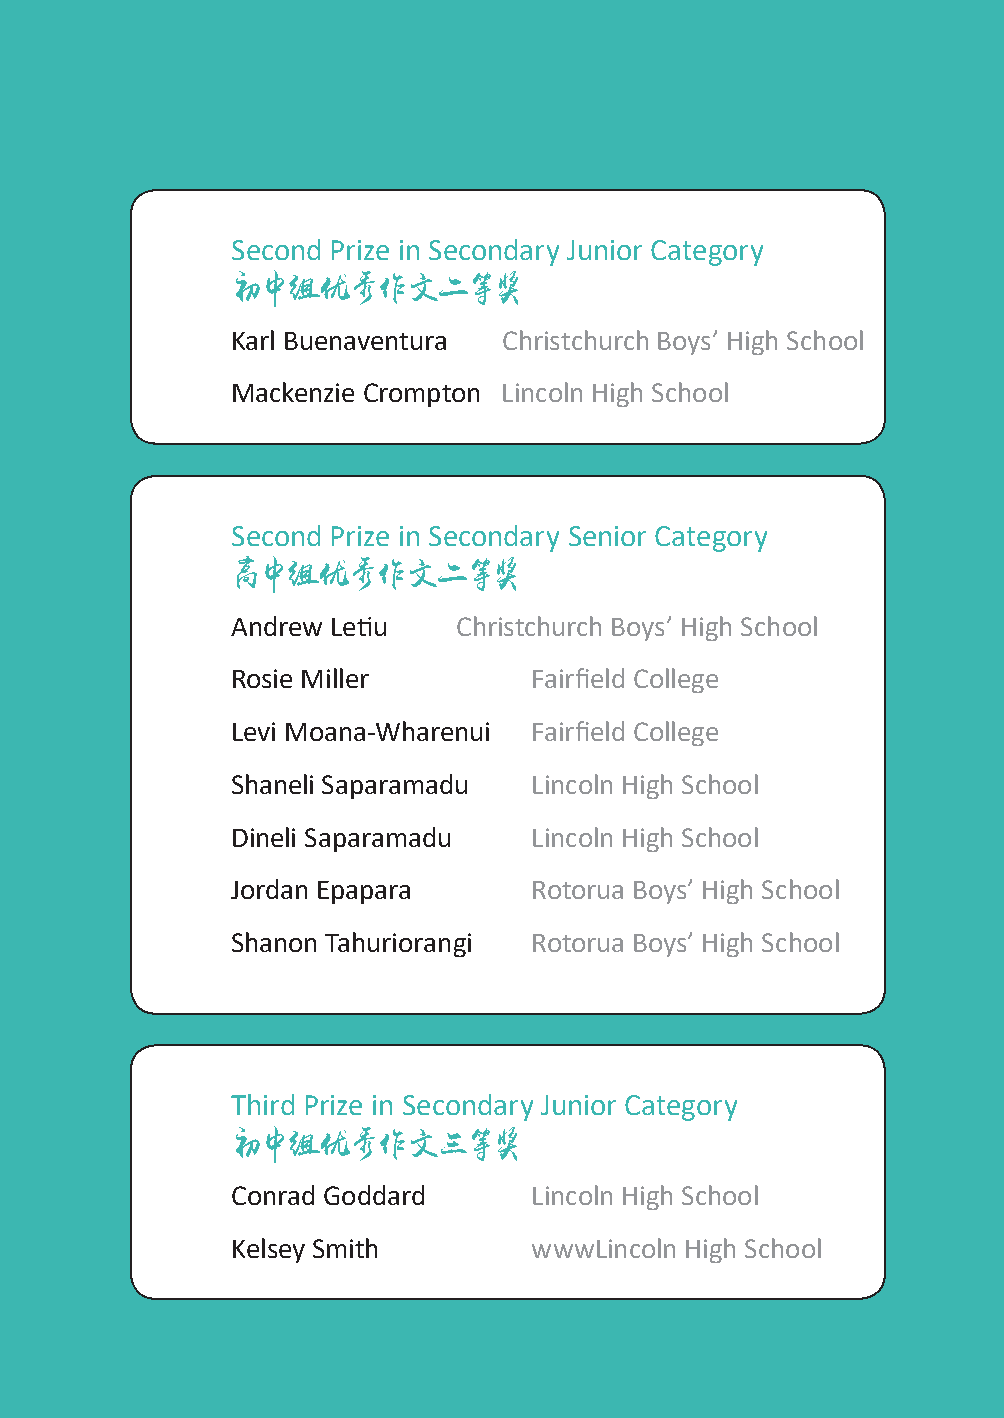
Second Prize in Secondary Junior Category
 初中组优秀作文二等奖
 Karl Buenaventura Christchurch Boys’ High School
 Mackenzie Crompton Lincoln High School
 Second Prize in Secondary Senior Category
 高中组优秀作文二等奖
 Andrew Letiu   Christchurch Boys’ High School
 Rosie Miller        Fairfield College
 Levi Moana-Wharenui Fairfield College
 Shaneli Saparamadu  Lincoln High School
 Dineli Saparamadu   Lincoln High School
 Jordan Epapara      Rotorua Boys’ High School
 Shanon Tahuriorangi Rotorua Boys’ High School
 Third Prize in Secondary Junior Category
 初中组优秀作文三等奖
 Conrad Goddard      Lincoln High School
 Kelsey Smith        wwwLincoln High School